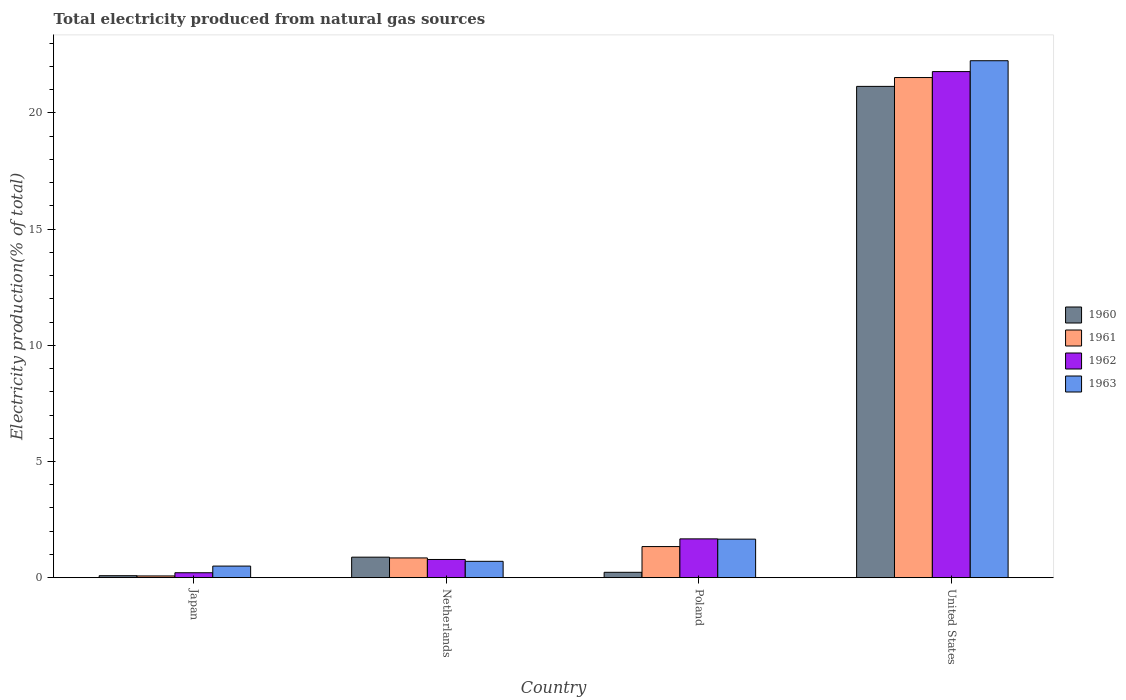
| Country | 1960 | 1961 | 1962 | 1963 |
 | --- | --- | --- | --- | --- |
 | Japan | 0.0866 | 0.0757 | 0.214 | 0.5 |
 | Netherlands | 0.884 | 0.851 | 0.784 | 0.705 |
 | Poland | 0.232 | 1.34 | 1.67 | 1.66 |
 | United States | 21.1 | 21.5 | 21.8 | 22.2 |